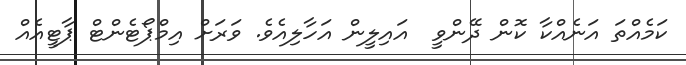
ކަމެއްތަ އަނެއްކާ ކޮން ދޭންވީ  އައިލީން އަހާލިއެވެ. ވަރަށް އިމްޕޯޓެންޓް ޕާޓީއެއް